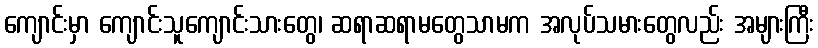
ကျောင်းမှာ ကျောင်းသူကျောင်းသားတွေ၊ ဆရာဆရာမတွေသာမက အလုပ်သမားတွေလည်း အများကြီး